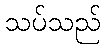
သပ်သည်